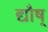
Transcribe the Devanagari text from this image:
द्यौष्